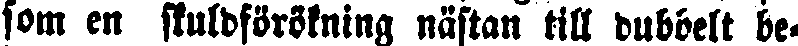
som en skuldförökning nästan till dubbelt be-